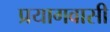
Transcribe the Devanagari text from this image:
प्रयागवासी